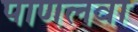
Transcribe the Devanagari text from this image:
पाणलवा